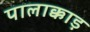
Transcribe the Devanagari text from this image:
पालाक्काड़